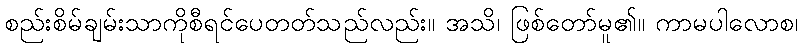
စည်းစိမ်ချမ်းသာကိုစီရင်ပေတတ်သည်လည်း။ အသိ၊ ဖြစ်တော်မူ၏။ ကာမပါလောစ၊